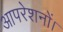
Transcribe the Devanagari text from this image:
आपरेशनों।